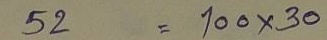
52 = 100x30